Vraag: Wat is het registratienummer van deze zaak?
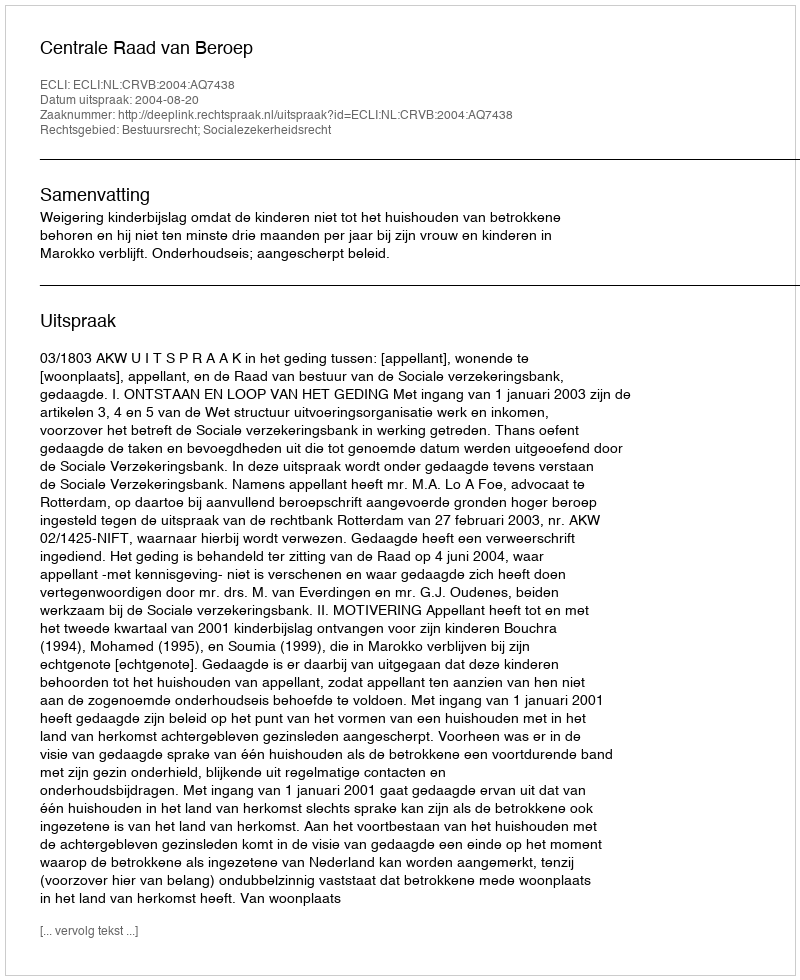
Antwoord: http://deeplink.rechtspraak.nl/uitspraak?id=ECLI:NL:CRVB:2004:AQ7438